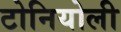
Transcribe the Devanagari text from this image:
टोनियोली